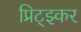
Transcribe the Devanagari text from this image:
प्रिट्झ्कर